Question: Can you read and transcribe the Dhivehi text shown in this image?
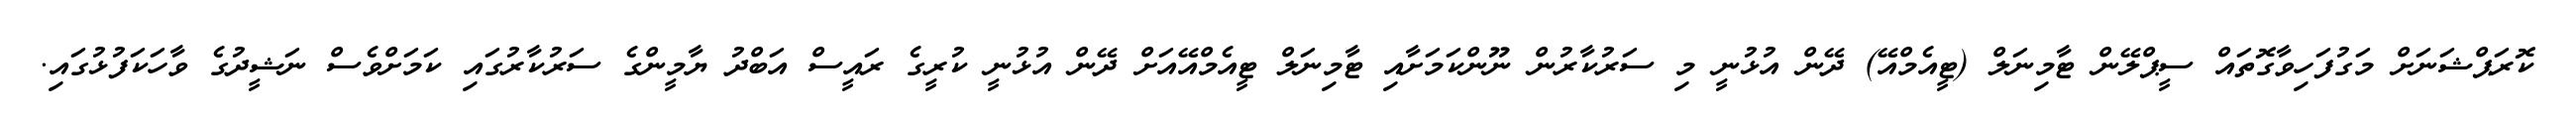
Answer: ކޮރަޕްޝަނަށް މަގުފަހިވާގޮތައް ސީޕްލޭން ޓާމިނަލް (ޓީއެމްއޭ) ދޭން އުޅުނީ މި ސަރުކާރުން ނޫންކަމަށާއި ޓާމިނަލް ޓީއެމްއޭއަށް ދޭން އުޅުނީ ކުރީގެ ރައީސް އަބްދު ޔާމީންގެ ސަރުކާރުގައި ކަމަށްވެސް ނަޝީދުގެ ވާހަކަފުޅުގައި.